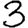
Digit: 3